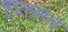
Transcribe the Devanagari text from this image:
हालमन